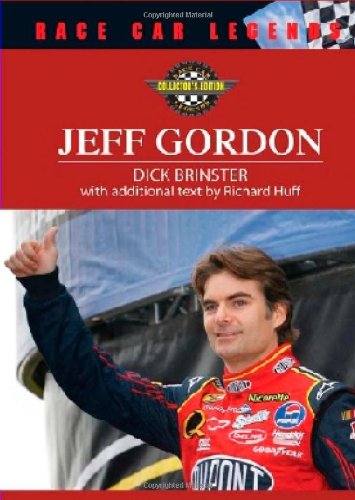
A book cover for Jeff Gordon (Race Car Legends); Dick Brinster; Teen & Young Adult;